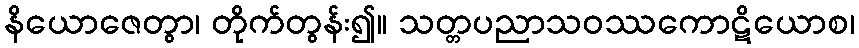
နိယောဇေတွာ၊ တိုက်တွန်း၍။ သတ္တပညာသဝဿကောဋိယောစ၊